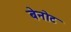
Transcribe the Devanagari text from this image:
बेनोट